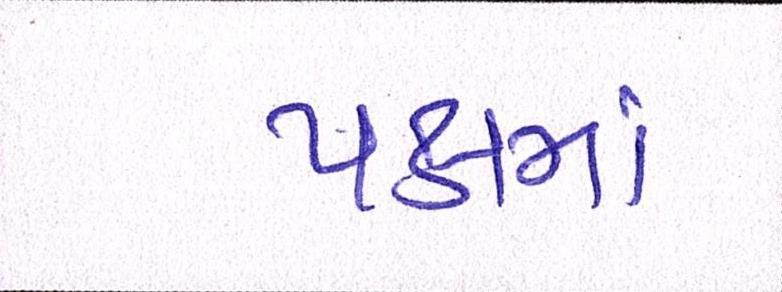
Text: પક્ષમાં